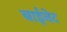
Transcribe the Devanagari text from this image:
बाईनेट